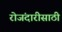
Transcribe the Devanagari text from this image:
रोजंदारीसाठी